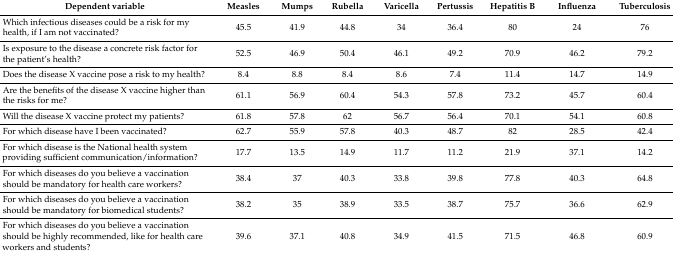
<table><thead><tr><td><b>Dependent variable</b></td><td><b>Measles</b></td><td><b>Mumps</b></td><td><b>Rubella</b></td><td><b>Varicella</b></td><td><b>Pertussis</b></td><td><b>Hepatitis B</b></td><td><b>Influenza</b></td><td><b>Tuberculosis</b></td></tr></thead><tbody><tr><td>Which infectious diseases could be a risk for my health, if I am not vaccinated?</td><td>45.5</td><td>41.9</td><td>44.8</td><td>34</td><td>36.4</td><td>80</td><td>24</td><td>76</td></tr><tr><td>Is exposure to the disease a concrete risk factor for the patient’s health?</td><td>52.5</td><td>46.9</td><td>50.4</td><td>46.1</td><td>49.2</td><td>70.9</td><td>46.2</td><td>79.2</td></tr><tr><td>Does the disease X vaccine pose a risk to my health?</td><td>8.4</td><td>8.8</td><td>8.4</td><td>8.6</td><td>7.4</td><td>11.4</td><td>14.7</td><td>14.9</td></tr><tr><td>Are the benefits of the disease X vaccine higher than the risks for me?</td><td>61.1</td><td>56.9</td><td>60.4</td><td>54.3</td><td>57.8</td><td>73.2</td><td>45.7</td><td>60.4</td></tr><tr><td>Will the disease X vaccine protect my patients?</td><td>61.8</td><td>57.8</td><td>62</td><td>56.7</td><td>56.4</td><td>70.1</td><td>54.1</td><td>60.8</td></tr><tr><td>For which disease have I been vaccinated?</td><td>62.7</td><td>55.9</td><td>57.8</td><td>40.3</td><td>48.7</td><td>82</td><td>28.5</td><td>42.4</td></tr><tr><td>For which disease is the National health system providing sufficient communication/information?</td><td>17.7</td><td>13.5</td><td>14.9</td><td>11.7</td><td>11.2</td><td>21.9</td><td>37.1</td><td>14.2</td></tr><tr><td>For which diseases do you believe a vaccination should be mandatory for health care workers?</td><td>38.4</td><td>37</td><td>40.3</td><td>33.8</td><td>39.8</td><td>77.8</td><td>40.3</td><td>64.8</td></tr><tr><td>For which diseases do you believe a vaccination should be mandatory for biomedical students?</td><td>38.2</td><td>35</td><td>38.9</td><td>33.5</td><td>38.7</td><td>75.7</td><td>36.6</td><td>62.9</td></tr><tr><td>For which diseases do you believe a vaccination should be highly recommended, like for health care workers and students?</td><td>39.6</td><td>37.1</td><td>40.8</td><td>34.9</td><td>41.5</td><td>71.5</td><td>46.8</td><td>60.9</td></tr></tbody></table>